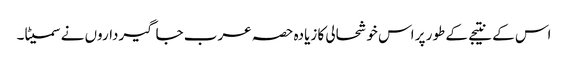
اس کے نتیجے کے طور پر اس خوشحالی کا زیادہ حصہ عرب جاگیرداروں نے سمیٹا۔